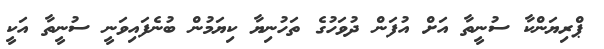
ޕްރިޔަންކާ ސުނީތާ އަށް އުފަން ދުވަހުގެ ތަހުނިޔާ ކިޔަމުން ބުނެފައިވަނީ ސުނީތާ އަކީ